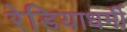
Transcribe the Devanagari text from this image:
रेडियाधर्मी